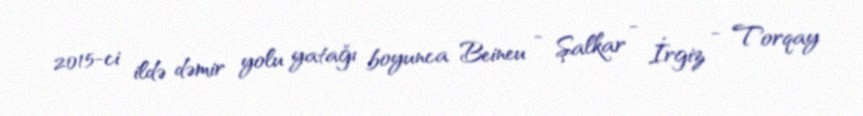
2015-ci ildə dəmir yolu yatağı boyunca Beineu - Şalkar - İrgiz - Torqay